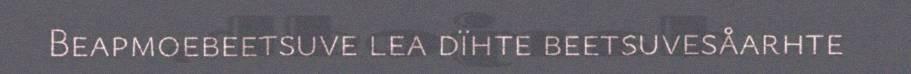
Beapmoebeetsuve lea dïhte beetsuvesåarhte